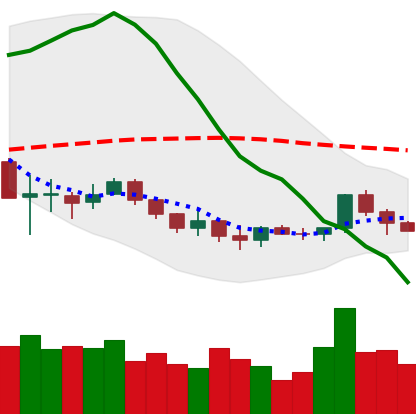
Ticker: LINK-USD
Chart end date: 2019-12-13
Forward return: -9.464%
Label: down_7plus